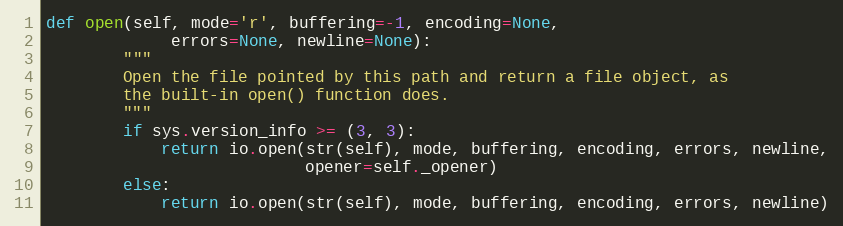
Language: Python
def open(self, mode='r', buffering=-1, encoding=None,
             errors=None, newline=None):
        """
        Open the file pointed by this path and return a file object, as
        the built-in open() function does.
        """
        if sys.version_info >= (3, 3):
            return io.open(str(self), mode, buffering, encoding, errors, newline,
                           opener=self._opener)
        else:
            return io.open(str(self), mode, buffering, encoding, errors, newline)